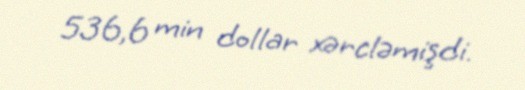
536,6 min dollar xərcləmişdi.